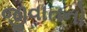
જીવાતનો